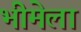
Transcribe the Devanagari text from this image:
भीमेला